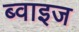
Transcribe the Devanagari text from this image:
ब्वाइज